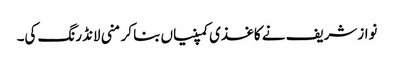
نوازشریف نے کاغذی کمپنیاں بنا کر منی لانڈرنگ کی۔